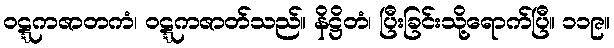
ဝဋ္ဋကဇာတကံ၊ ဝဋ္ဋကဇာတ်သည်။ နိဋ္ဌိတံ၊ ပြီးခြင်းသို့ရောက်ပြီ။ ၁၁၉။